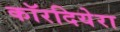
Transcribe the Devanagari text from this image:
कॉरदियेरा